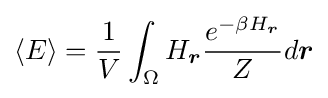
\langle E\rangle ={\frac {1}{V}}\int _{\Omega }H_{\boldsymbol {r}}{\frac {e^{-\beta H_{\boldsymbol {r}}}}{Z}}d{\boldsymbol {r}}